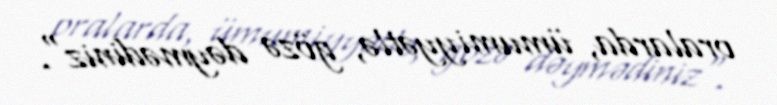
oralarda, ümumiyyətlə, gözə dəymədiniz".